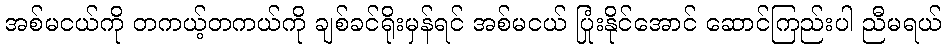
အစ်မငယ်ကို တကယ့်တကယ်ကို ချစ်ခင်ရိုးမှန်ရင် အစ်မငယ် ပြုံးနိုင်အောင် ဆောင်ကြည်းပါ ညီမရယ်